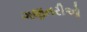
ગણતરીઓ